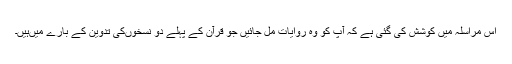
اس مراسلہ میں کوشش کی گئی ہے کہ ‌آپ کو وہ روایات مل جائیں جو قرآن کے پہلے دو نسخوں‌کی تدوین کے بارے میں‌ہیں۔